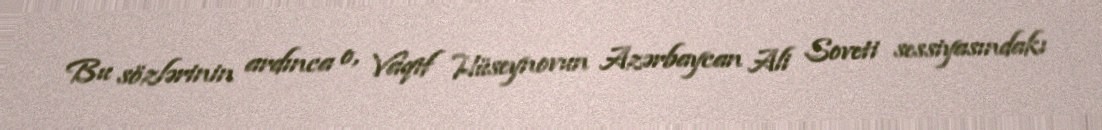
Bu sözlərinin ardınca o, Vaqif Hüseynovun Azərbaycan Ali Soveti sessiyasındakı